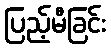
ပြည့်မီခြင်း